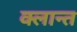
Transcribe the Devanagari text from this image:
क्लान्त